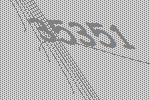
35351